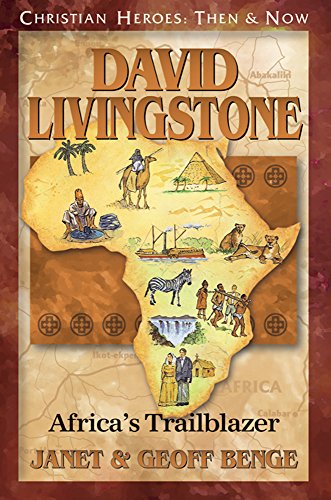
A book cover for David Livingstone: Africa's Trailblazer (Christian Heroes: Then & Now); Janet Benge; Christian Books & Bibles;